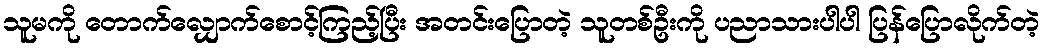
သူမကို တောက်လျှောက်စောင့်ကြည့်ပြီး အတင်းပြောတဲ့ သူတစ်ဦးကို ပညာသားပါပါ ပြန်ပြောလိုက်တဲ့